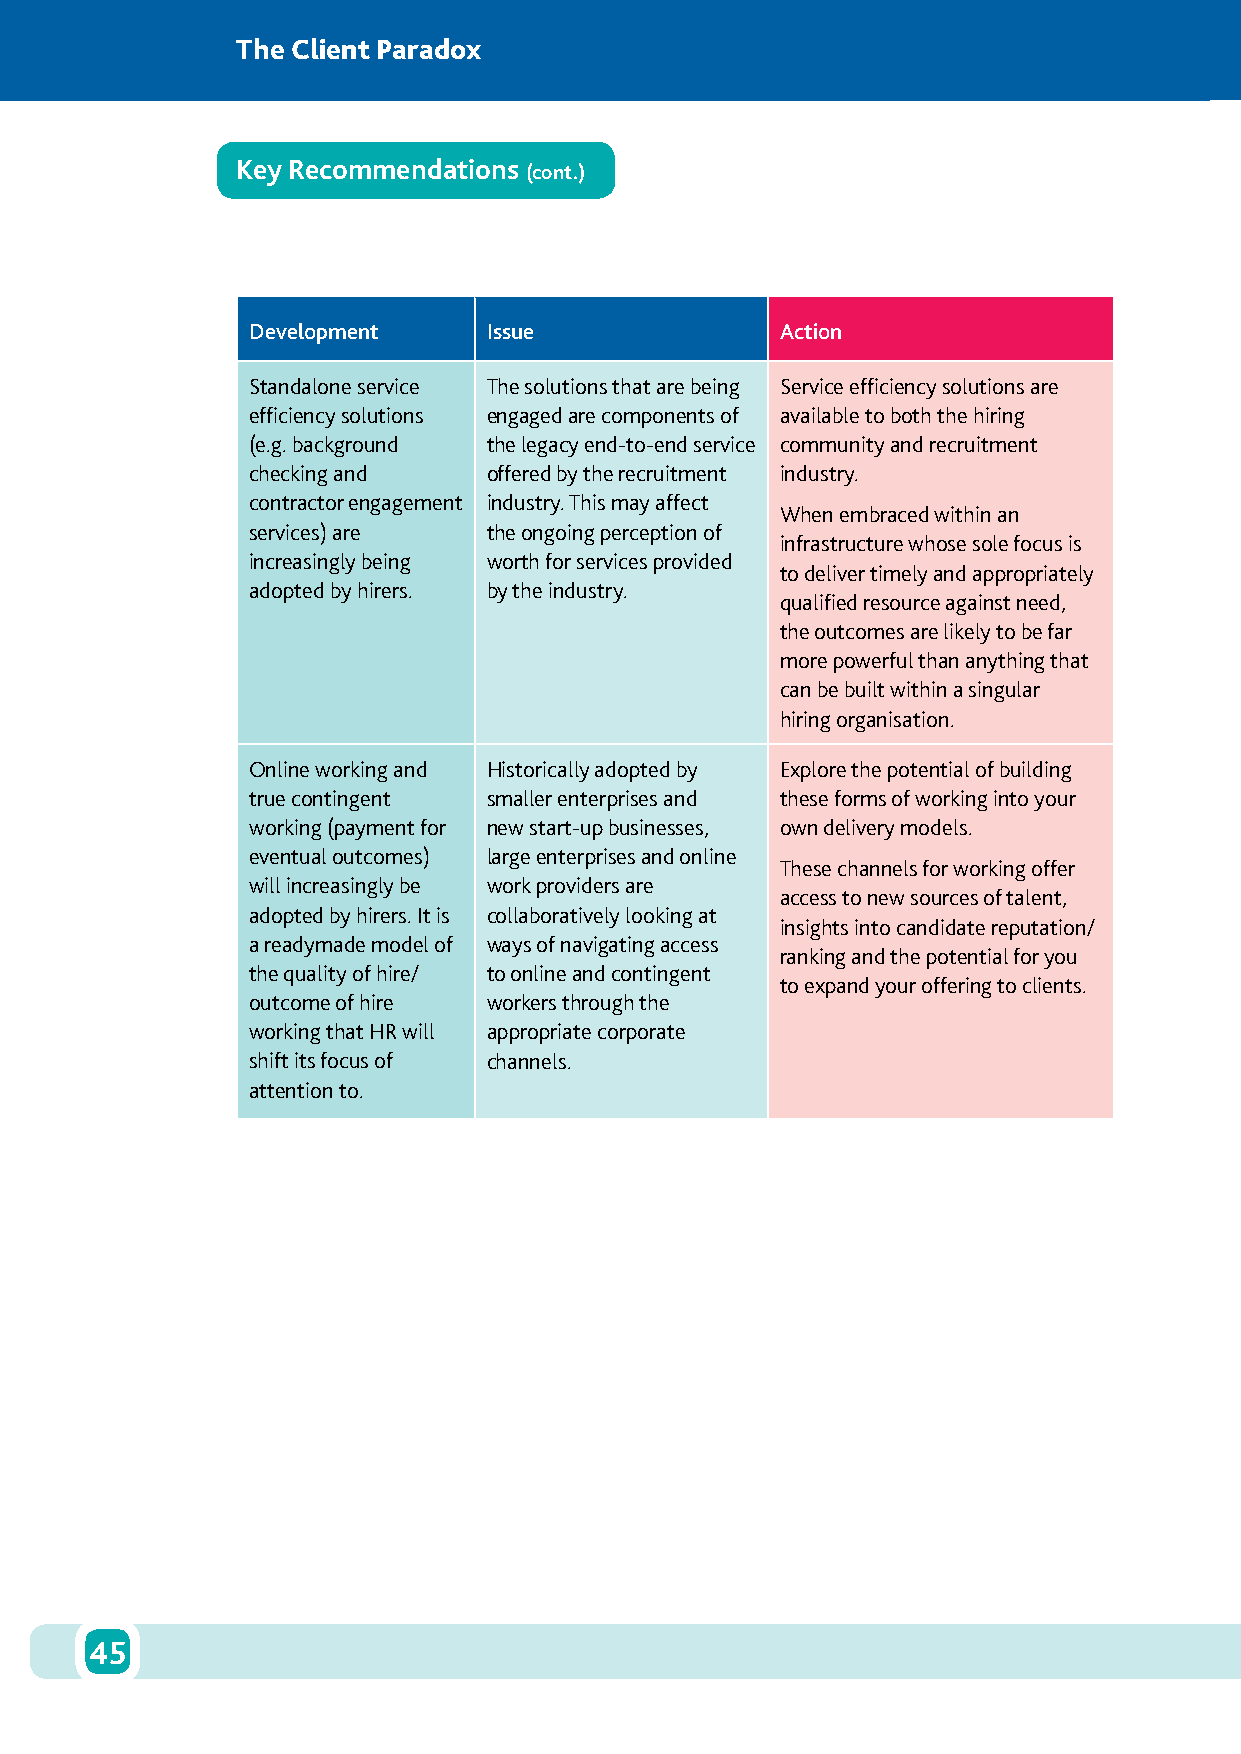
The Client Paradox
 Key Recommendations
 (cont.)
 Development     Issue               Action
 Standalone service The solutions that are being Service efficiency solutions are
 efficiency solutions engaged are components of available to both the hiring
 (e.g. background the legacy end-to-end service community and recruitment
 checking and    offered by the recruitment industry.
 contractor engagement industry. This may affect
 When embraced within an
 services) are   the ongoing perception of
 infrastructure whose sole focus is
 increasingly being worth for services provided
 to deliver timely and appropriately
 adopted by hirers. by the industry.
 qualified resource against need,
 the outcomes are likely to be far
 more powerful than anything that
 can be built within a singular
 hiring organisation.
 Online working and Historically adopted by Explore the potential of building
 true contingent smaller enterprises and these forms of working into your
 working (payment for new start-up businesses, own delivery models.
 eventual outcomes) large enterprises and online
 These channels for working offer
 will increasingly be work providers are
 access to new sources of talent,
 adopted by hirers. It is collaboratively looking at
 insights into candidate reputation/
 a readymade model of ways of navigating access
 ranking and the potential for you
 the quality of hire/ to online and contingent
 to expand your offering to clients.
 outcome of hire workers through the
 working that HR will appropriate corporate
 shift its focus of channels.
 attention to.
 45